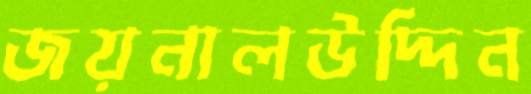
জয়নালউদ্দিন